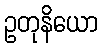
ဥတုနိယော